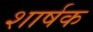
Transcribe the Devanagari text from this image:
शार्षक